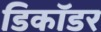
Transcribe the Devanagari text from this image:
डिकॉडर